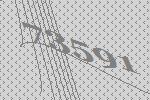
73591